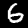
Label: 6